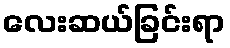
လေးဆယ်ခြင်းရာ